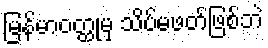
မြန်မာဝတ္ထုမှ သိပ်မဖတ်ဖြစ်ဘဲ